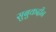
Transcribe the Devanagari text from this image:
सुबुकदीन